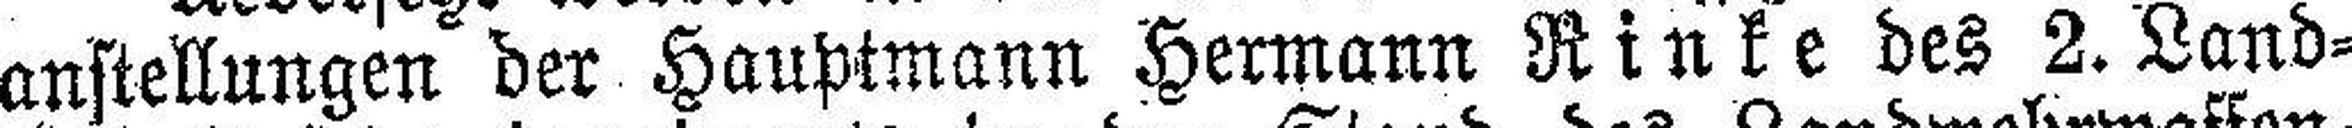
anstellungen der Hauptmann Hermann Rinke des 2. Land¬